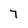
Character: 7